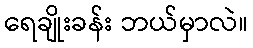
ရေချိုးခန်း ဘယ်မှာလဲ။